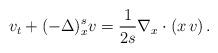
LaTeX: \begin{align*}v_t+ (- \Delta)^{s}_x v = \frac1{2s} \nabla_x\cdot(x\,v)\,.\end{align*}